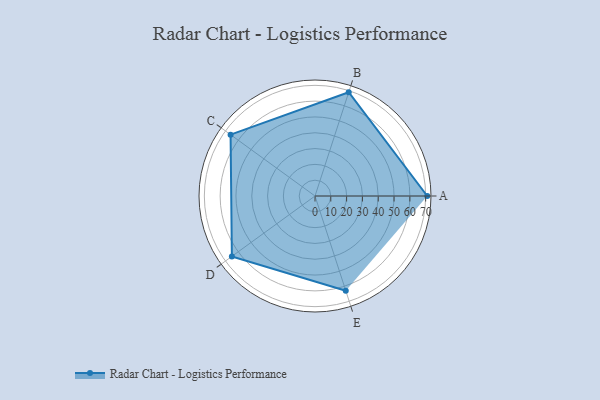
{"axis": {"x": "Skill", "y": "Score"}, "legend": ["Profile"], "data": [{"x": "A", "y": 71.0, "type": "Profile"}, {"x": "B", "y": 69.0, "type": "Profile"}, {"x": "C", "y": 66.0, "type": "Profile"}, {"x": "D", "y": 65.0, "type": "Profile"}, {"x": "E", "y": 63.0, "type": "Profile"}]}